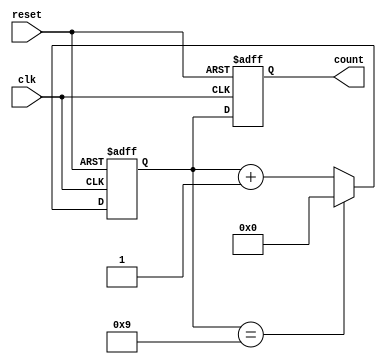
module cascaded_counter(
    input wire clk,
    input wire reset,
    output reg [3:0] count
);

// Define internal signals
reg [3:0] stage1;
reg [3:0] stage2;
reg [3:0] stage3;
reg [3:0] stage4;

// Initialize counter values
initial begin
    count <= 4'b0000;
    stage1 <= 4'b0000;
    stage2 <= 4'b0000;
    stage3 <= 4'b0000;
    stage4 <= 4'b0001;
end

// Cascaded logic for counting
always @(posedge clk or posedge reset) begin
    if (reset) begin
        count <= 4'b0000;
        stage1 <= 4'b0000;
        stage2 <= 4'b0000;
        stage3 <= 4'b0000;
        stage4 <= 4'b0001;
    end else begin
        stage1 <= stage1 + 4'b0001;
        if (stage1 == 4'b1001) begin
            stage1 <= 4'b0000;
            stage2 <= stage2 + 4'b0001;
            if (stage2 == 4'b1001) begin
                stage2 <= 4'b0000;
                stage3 <= stage3 + 4'b0001;
                if (stage3 == 4'b1001) begin
                    stage3 <= 4'b0000;
                    stage4 <= stage4 + 4'b0001;
                    if (stage4 == 4'b1001) begin
                        stage4 <= 4'b0000;
                    end
                end
            end
        end
        count <= {stage4, stage3, stage2, stage1};
    end
end

endmodule